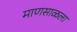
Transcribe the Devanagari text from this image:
माणसाळला